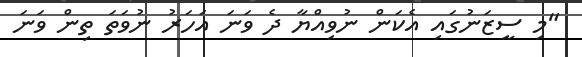
"މި ސީޒަނުގައި އެކަން ނުވިއްޔާ ދެ ވަނަ އަހަރު ނުވަތަ ތިން ވަނަ